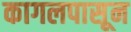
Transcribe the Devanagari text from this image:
कागलपासून